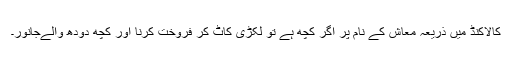
كالاكنڈ میں ذریعہ معاش کے نام پر اگر کچھ ہے تو لکڑی کاٹ کر فروخت کرنا اور کچھ دودھ والےجانور۔